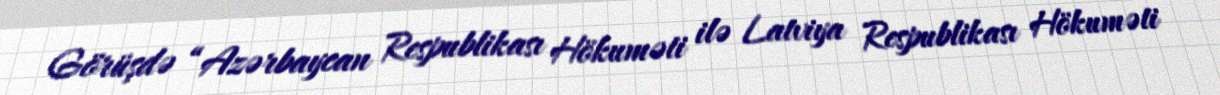
Görüşdə “Azərbaycan Respublikası Hökuməti ilə Latviya Respublikası Hökuməti